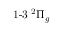
{ \operatorname { 1 - 3 } } \phantom { A } \! \! \! ^ { 2 } \Pi _ { g }